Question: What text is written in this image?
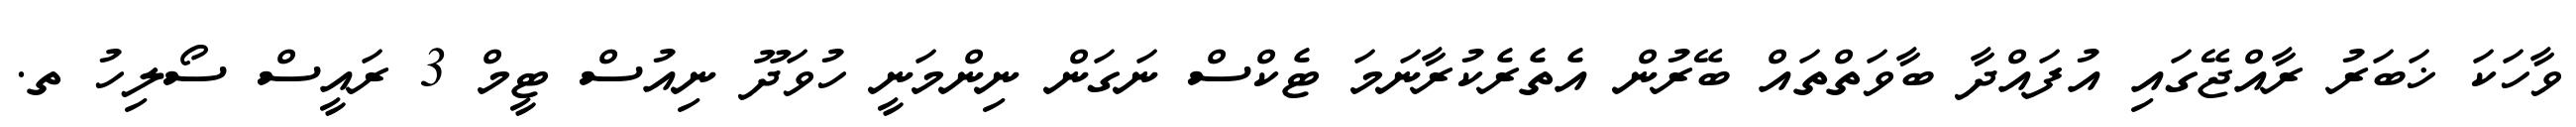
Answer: ވާހަކަ ޚަބަރު ރާއްޖޭގައި އުފައްދާ ބާވަތްތައް ބޭރުން އެތެރެކުރާނަމަ ޓެކްސް ނަގަން ނިންމަނީ ހުވަދޫ ނިއުސް ޓީމް 3 ރައީސް ސޯލިހު ތ.